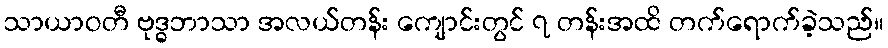
သာယာဝတီ ဗုဒ္ဓဘာသာ အလယ်တန်း ကျောင်းတွင် ၇ တန်းအထိ တက်ရောက်ခဲ့သည်။